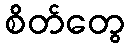
စိတ်တွေ